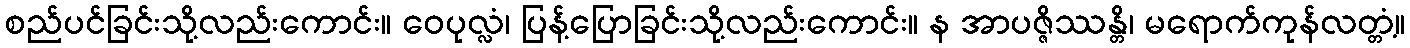
စည်ပင်ခြင်းသို့လည်းကောင်း။ ဝေပုလ္လံ၊ ပြန့်ပြောခြင်းသို့လည်းကောင်း။ န အာပဇ္ဇိဿန္တိ၊ မရောက်ကုန်လတ္တံ့။